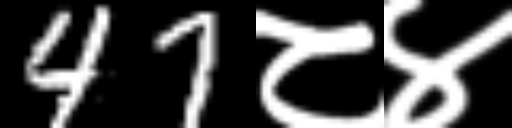
Text: 47८४